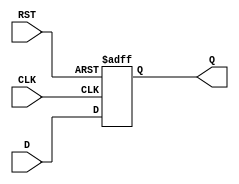
module StageRegister (
    input wire D,       // Data Input
    input wire CLK,     // Clock
    input wire RST,     // Reset
    output reg Q        // Data Output
);

// Asynchronous reset and synchronous data capture
always @(posedge CLK or posedge RST) begin
    if (RST) begin
        Q <= 1'b0;     // Reset output to 0 when RST is asserted
    end else begin
        Q <= D;        // Capture data on the rising edge of the clock
    end
end

endmodule